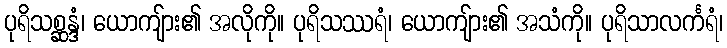
ပုရိသစ္ဆန္ဒံ၊ ယောကျ်ား၏ အလိုကို။ ပုရိသဿရံ၊ ယောကျ်ား၏ အသံကို။ ပုရိသာလင်္ကရံ၊